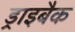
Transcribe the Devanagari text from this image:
ड्राइबैक